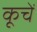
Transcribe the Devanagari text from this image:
कूचें